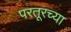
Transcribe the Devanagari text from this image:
परतूरच्या